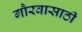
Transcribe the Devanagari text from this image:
गौरवासाठी